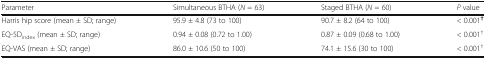
<table><thead><tr><td><b>Parameter</b></td><td><b>Simultaneous BTHA (<i>N</i> = 63)</b></td><td><b>Staged BTHA (<i>N</i> = 60)</b></td><td><b><i>P</i> value</b></td></tr></thead><tbody><tr><td>Harris hip score (mean ± SD; range)</td><td>95.9 ± 4.8 (73 to 100)</td><td>90.7 ± 8.2 (64 to 100)</td><td>&lt; 0.001<sup><b>†</b></sup></td></tr><tr><td>EQ-5D<sub>index</sub> (mean ± SD; range)</td><td>0.94 ± 0.08 (0.72 to 1.00)</td><td>0.87 ± 0.09 (0.68 to 1.00)</td><td>&lt; 0.001<sup>†</sup></td></tr><tr><td>EQ-VAS (mean ± SD; range)</td><td>86.0 ± 10.6 (50 to 100)</td><td>74.1 ± 15.6 (30 to 100)</td><td>&lt; 0.001<sup>†</sup></td></tr></tbody></table>